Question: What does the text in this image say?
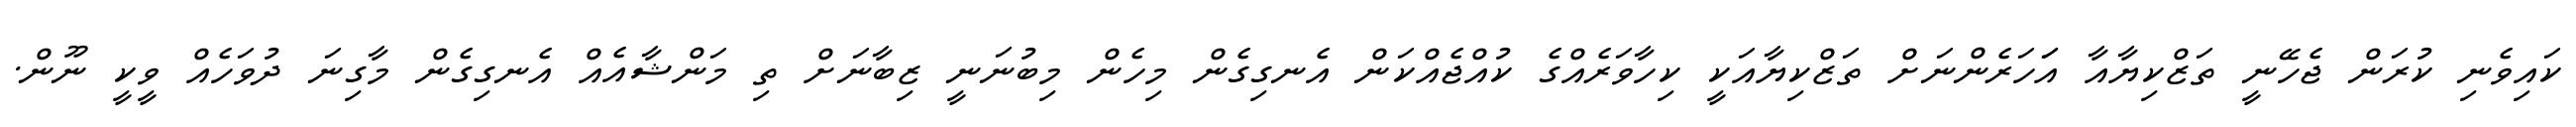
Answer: ކައިވެނި ކުރަން ޖެހޭނީ ތަޒްކިޔާއާ އަަހަރެންނަށް ތަޒްކިޔާއަކީ ކިހާވަރެއްގެ ކުއްޖެއްކަން އެނގިގެން މިހެން މިބުނަނީ ޒިބާނަށް ތި މަންޝާއެއް އެނގިގެން މާގިނަ ދުވަހެއް ވީކީ ނޫން.